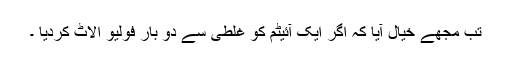
تب مجھے خیال آیا کہ اگر ایک آئیٹم کو غلطی سے دو بار فَولِیو الاٹ کردیا ۔